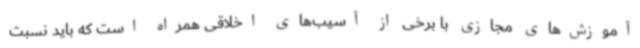
آموزش‌های مجازی با برخی از آسیب‌های اخلاقی همراه است که باید نسبت